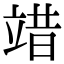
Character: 䇎